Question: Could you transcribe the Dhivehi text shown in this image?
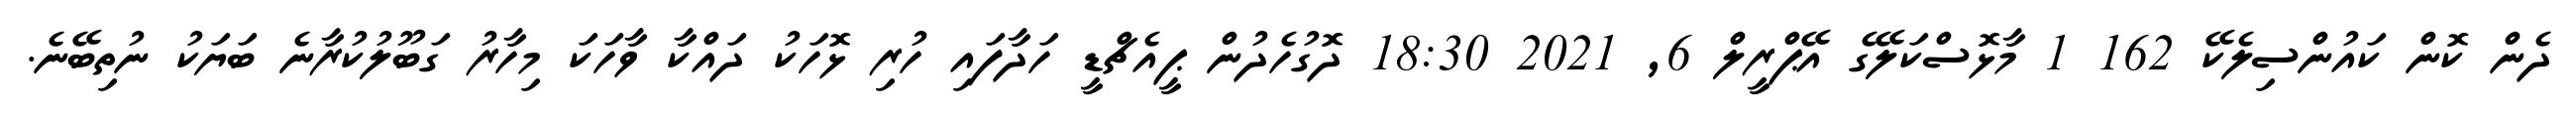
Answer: ދެން ކޮން ކައުންސިލެކޭ 162 1 މާޅޮސްކަލޭގެ އޭޕްރީލް 6, 2021 18:30 ދޮގުހެދުން ޕީއެޗްޑީ ހަދާފައި ހުރި ޅޮހަކު ދައްކާ ވާހަކަ މިހާރު ގަބޫލުކުރާނެ ބަޔަކު ނުތިބޭނެ.